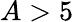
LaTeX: A>5